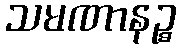
သမဏာနဉ္စ